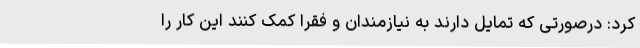
کرد: درصورتی که تمایل دارند به نیازمندان و فقرا کمک کنند این کار را